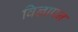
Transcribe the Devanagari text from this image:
विज्ञापन